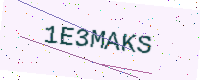
Text: 1E3MAKS